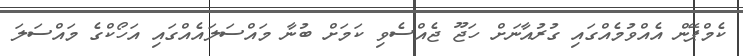
ކެމްޕޭން އެއްވުމެއްގައި ގުރުއާނަށް ހަޖޫ ޖެއްސެވި ކަމަށް ބުނާ މައްސަލައެއްގައި އަހޯކްގެ މައްސަލަ